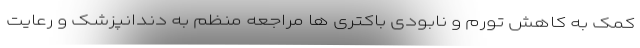
کمک به کاهش تورم و نابودی باکتری ها مراجعه منظم به دندانپزشک و رعایت